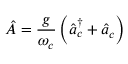
\hat { A } = \frac { g } { \omega _ { c } } \left( \hat { a } _ { c } ^ { \dagger } + \hat { a } _ { c } \right)